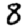
Digit: 8